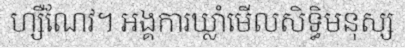
ហ្សឺណែវ។ អង្គការឃ្លាំមើលសិទ្ធិមនុស្ស